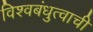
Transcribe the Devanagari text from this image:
विश्वबंधुत्वाची